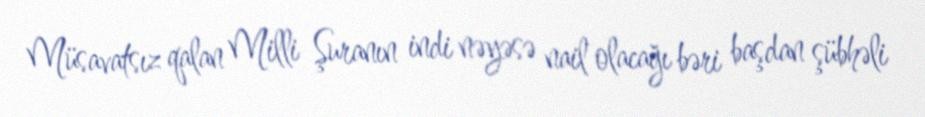
Müsavatsız qalan Milli Şuranın indi nəyəsə nail olacağı bəri başdan şübhəli